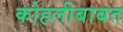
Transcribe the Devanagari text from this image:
कोहलीबाबत